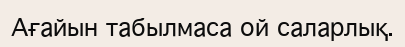
Ағайын табылмаса ой саларлық.